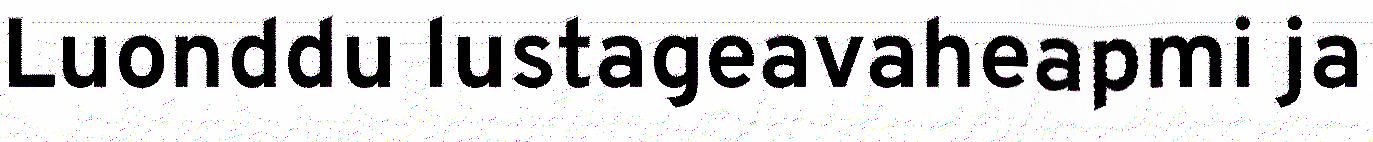
Luonddu lustageavaheapmi ja